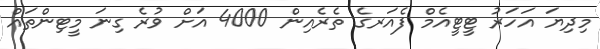
މިދިޔަ އަހަރު ޓީޓީއެމް ފެއަރގެ ތެރެއިން 4000 އަށް ވުރެ ގިނަ މީޓިންތައް